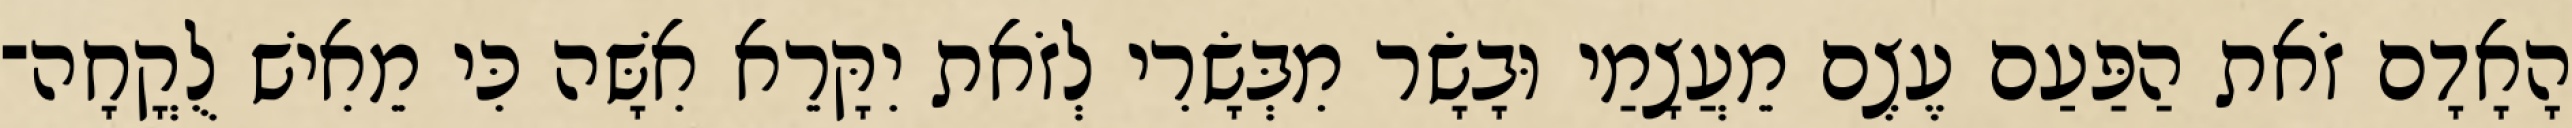
הָאָדָם זֹאת הַפַּעַם עֶצֶם מֵעֲצָמַי וּבָשָׂר מִבְּשָׂרִי לְזֹאת יִקָּרֵא אִשָּׁה כִּי מֵאִישׁ לֻקֳחָה־